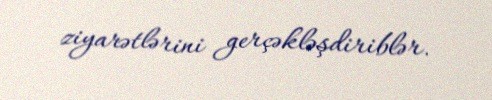
ziyarətlərini gerçəkləşdiriblər.